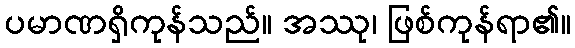
ပမာဏရှိကုန်သည်။ အဿု၊ ဖြစ်ကုန်ရာ၏။